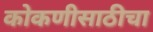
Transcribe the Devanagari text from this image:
कोकणीसाठीचा